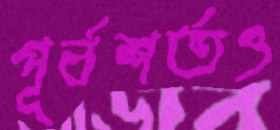
পূর্বশর্তও